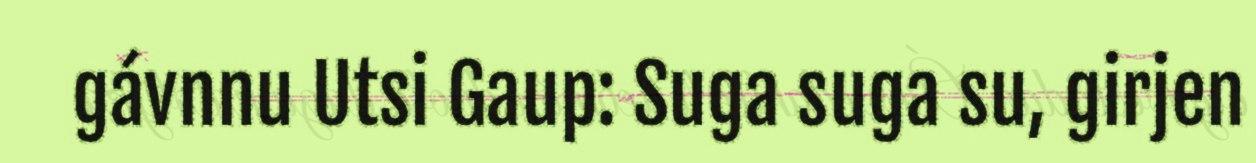
gávnnu Utsi Gaup: Suga suga su, girjen